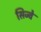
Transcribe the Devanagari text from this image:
सिज्वे